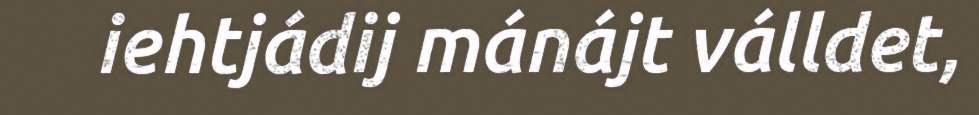
iehtjádij mánájt válldet,